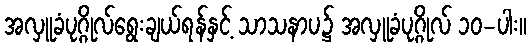
အလှူခံပုဂ္ဂိုလ်ရွေးချယ်ရန်နှင့် သာသနာပ၌ အလှူခံပုဂ္ဂိုလ် ၁၀-ပါး။